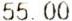
55.00